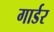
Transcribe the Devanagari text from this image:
गार्डर